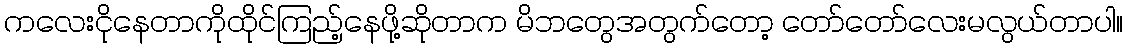
ကလေးငိုနေတာကိုထိုင်ကြည့်နေဖို့ဆိုတာက မိဘတွေအတွက်တော့ တော်တော်လေးမလွယ်တာပါ။